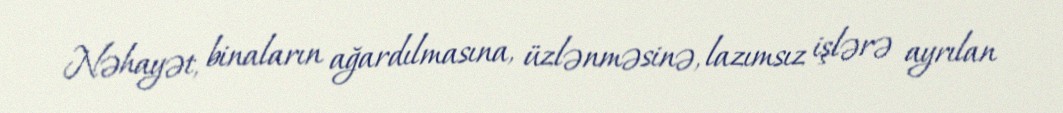
Nəhayət, binaların ağardılmasına, üzlənməsinə, lazımsız işlərə ayrılan